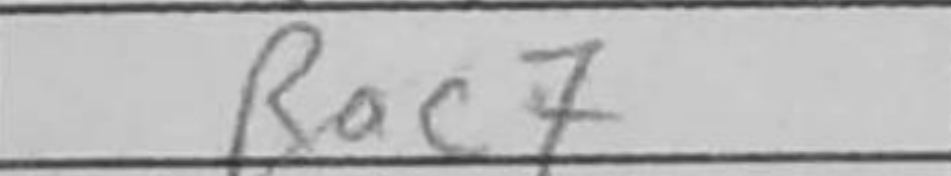
Transcription: Rac7